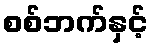
စစ်ဘက်နှင့်